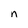
Character: n